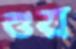
শুয়